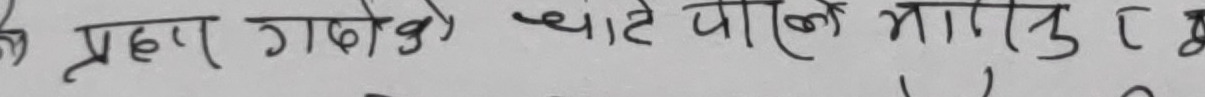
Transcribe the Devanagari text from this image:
हे प्रहार गरेको थाहा पाए मागुर २